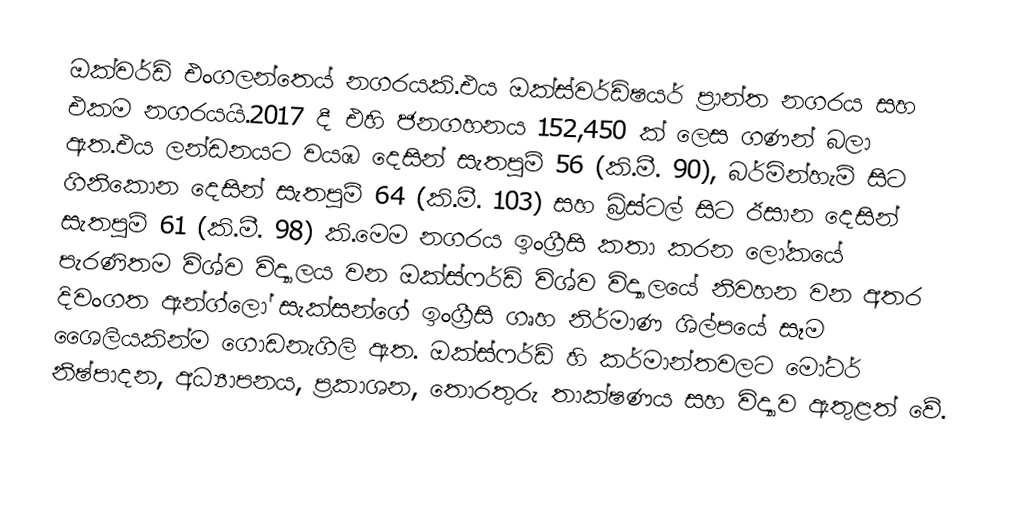
ඔක්වර්ඩ් එංගලන්තෙය් නගරයකි.එය ඔක්ස්වර්ඩ්ෂයර් ප්‍රාන්ත නගරය සහ එකම නගරයයි.2017 දී එහි ජනගහනය 152,450 ක් ලෙස ගණන් බලා ඇත.එය ලන්ඩනයට වයඹ දෙසින් සැතපුම් 56 (කි.මී. 90), බර්මින්හැම් සිට ගිනිකොන දෙසින් සැතපුම් 64 (කි.මී. 103) සහ බ්‍රිස්ටල් සිට ඊසාන දෙසින් සැතපුම් 61 (කි.මී. 98) කි.මෙම නගරය ඉංග්‍රීසි කතා කරන ලෝකයේ පැරණිතම විශ්ව විද්‍යාලය වන ඔක්ස්ෆර්ඩ් විශ්ව විද්‍යාලයේ නිවහන වන අතර දිවංගත ඇන්ග්ලෝ සැක්සන්ගේ ඉංග්‍රීසි ගෘහ නිර්මාණ ශිල්පයේ සෑම ශෛලියකින්ම ගොඩනැගිලි ඇත. ඔක්ස්ෆර්ඩ් හි කර්මාන්තවලට මෝටර් නිෂ්පාදන, අධ්‍යාපනය, ප්‍රකාශන, තොරතුරු තාක්ෂණය සහ විද්‍යාව ඇතුළත් වේ.